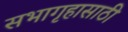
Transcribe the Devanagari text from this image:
सभागृहासाठी